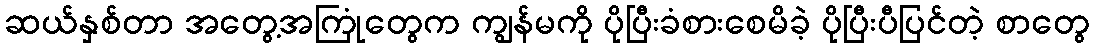
ဆယ်နှစ်တာ အတွေ့အကြုံတွေက ကျွန်မကို ပိုပြီးခံစားစေမိခဲ့ ပိုပြီးပီပြင်တဲ့ စာတွေ